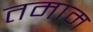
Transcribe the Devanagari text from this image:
तमाम